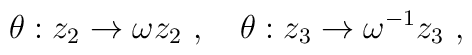
\theta:z_2\rightarrow\omega z_2~,~~~ \theta:z_3\rightarrow\omega^{-1} z_3~,